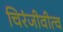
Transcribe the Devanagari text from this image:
चिरंजीवीत्व